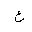
Letter: _ayn